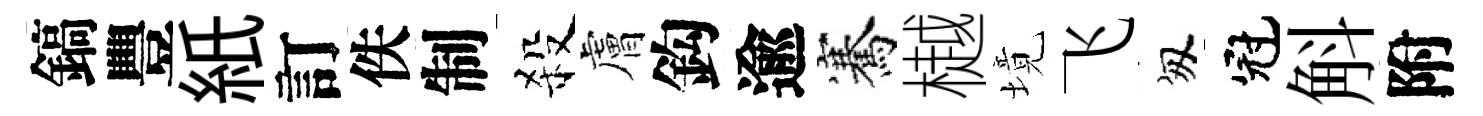
鎬豐紙訂佚制殺膚鈎逾騫樾境飞匆冠斛附